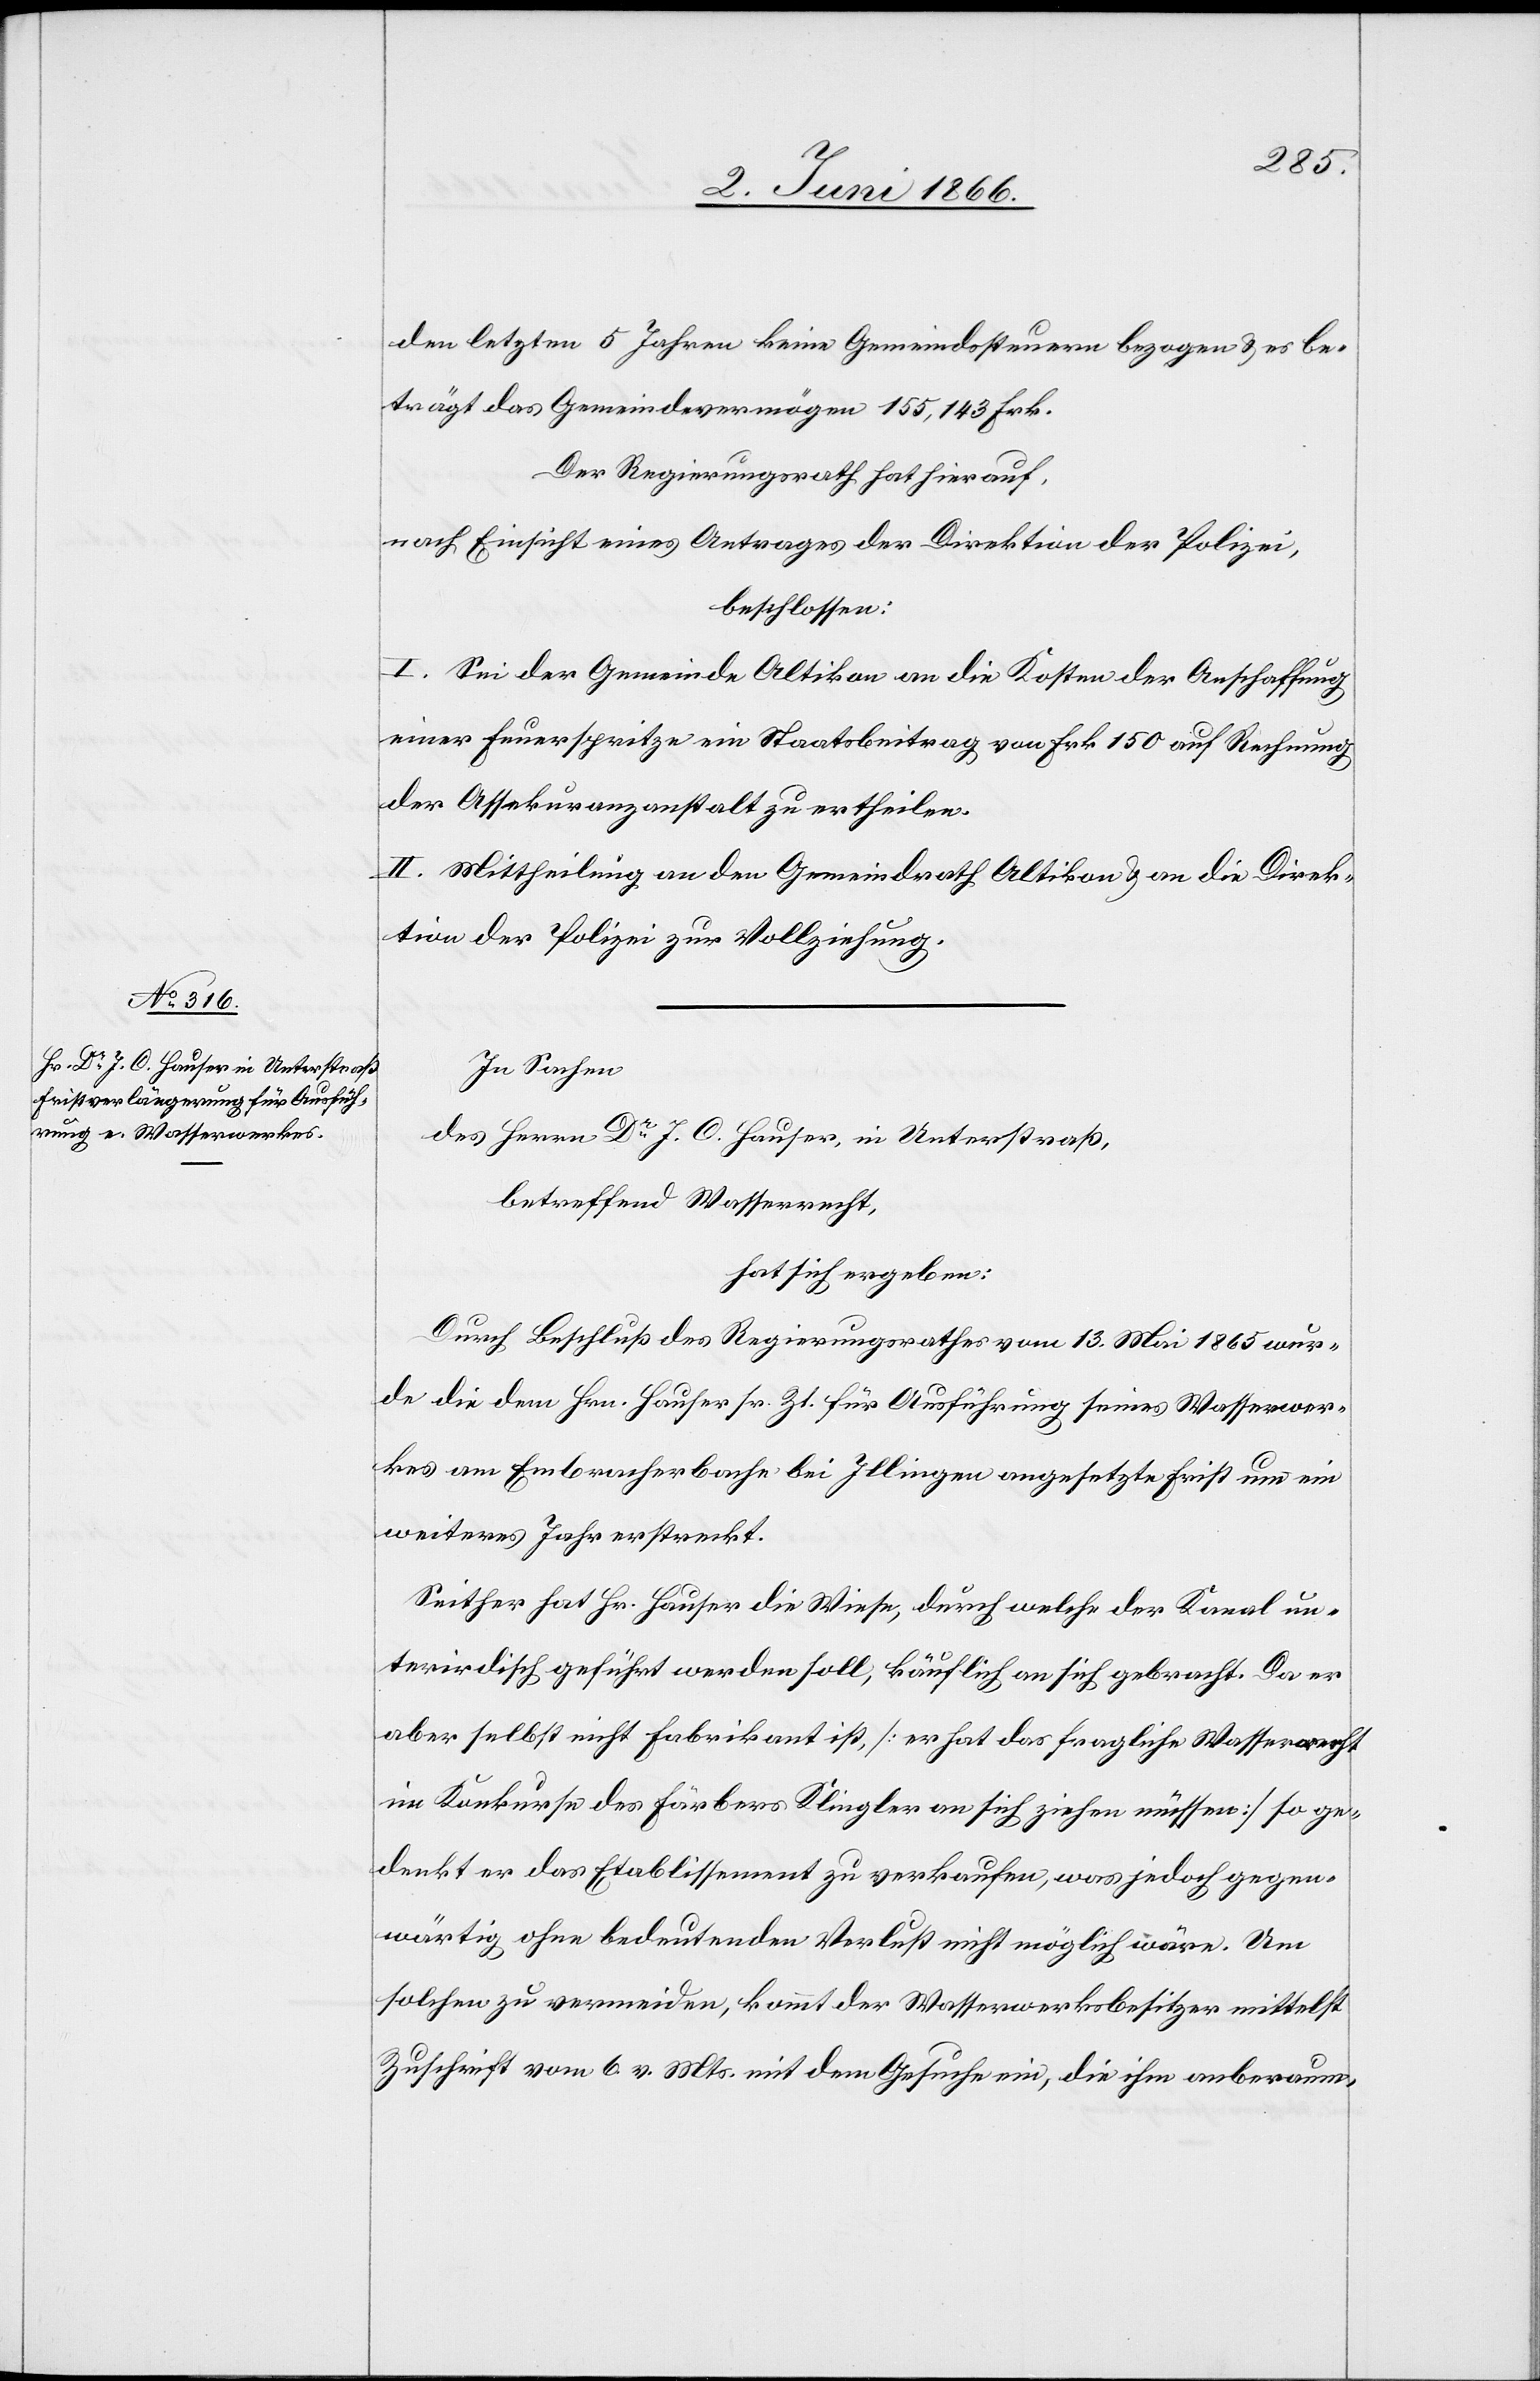
den letzten 5 Jahren keine Gemeindssteuern bezogen u. es be¬
trägt das Gemeindevermögen 155 143 Frk.
Der Regierungsrath hat hierauf,
nach Einsicht eines Antrages der Direktion der Polizei,
beschlossen:
I. Sei der Gemeinde Altikon an die Kosten der Anschaffung
einer Feuerspritze ein Staatsbeitrag von Frk. 150 auf Rechnung
der Assekuranzanstalt zu ertheilen.
II. Mittheilung an den Gemeindrath Altikon u. an die Direk¬
tion der Polizei zur Vollziehung.
In Sachen
des Herrn Dr. J. C. Hauser, in Unterstraß,
betreffend Wasserrecht,
hat sich ergeben:
Durch Beschluß des Regierungsrathes vom 13. Mai 1865 wur¬
de die dem Hrn. Hauser sr. Zt. für Ausführung seines Wasserwer¬
kes am Embracherbache bei Illingen angesetzte Frist um ein
weiteres Jahr erstreckt.
Seither hat Hr. Hauser die Wiese, durch welche der Kanal un¬
terirdisch geführt werden soll, käuflich an sich gebracht. Da er
aber selbst nicht Fabrikant ist, [er hat das fragliche Wasserrecht
im Konkurse des Färbers Klingler an sich ziehen müssen] so ge¬
denkt er das Etablissement zu verkaufen, was jedoch gegen¬
wärtig ohne bedeutenden Verlust nicht möglich wäre. Um
solchen zu vermeiden, kommt der Wasserwerksbesitzer mittelst
Zuschrift vom 6. v. Mts. mit dem Gesuche ein, die ihm anberaum-